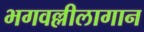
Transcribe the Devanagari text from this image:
भगवल्लीलागान